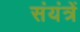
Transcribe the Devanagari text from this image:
संयंत्रें